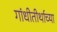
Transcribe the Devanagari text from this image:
गांधीतीर्थाच्या